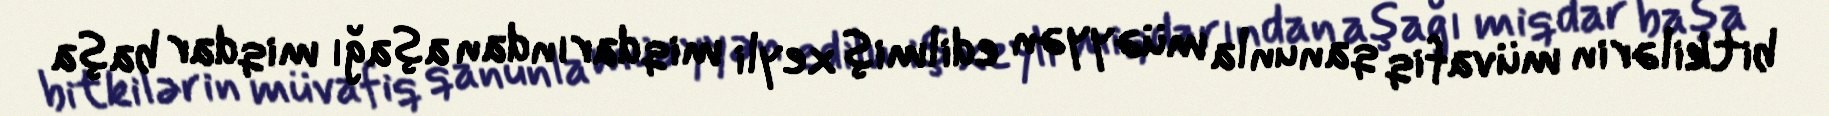
bitkilərin müvafiq qanunla müəyyən edilmiş xeyli miqdarından aşağı miqdar başa